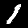
Digit: 1